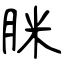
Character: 脒